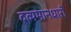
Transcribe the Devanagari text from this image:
द्रव्यमानधारी